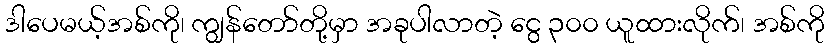
ဒါပေမယ့်အစ်ကို၊ ကျွန်တော်တို့မှာ အခုပါလာတဲ့ ငွေ ၃၀၀ ယူထားလိုက်၊ အစ်ကို